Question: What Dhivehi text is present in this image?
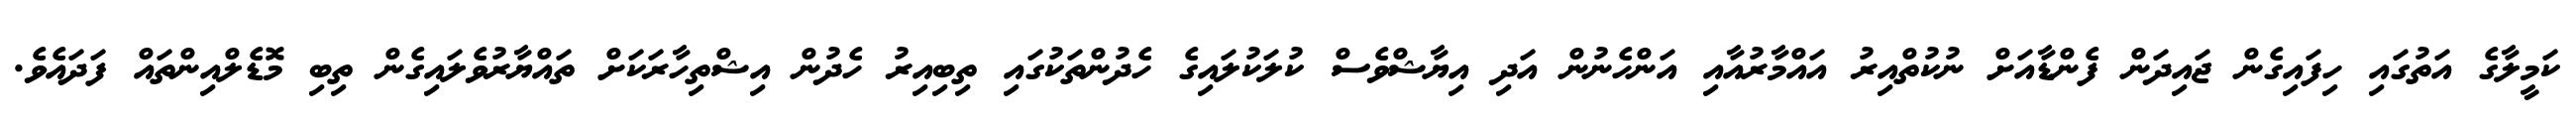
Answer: ކަމީލާގެ އަތުގައި ހިފައިގެން ޖައިދަން ފެންޑާއަށް ނުކުތްއިރު އައްމާރުއާއި އަންހެނުން އަދި އިޔާޝްވެސް ކުލަކުލައިގެ ހެދުންތަކުގައި ތިބިއިރު ހެދުން އިޝްތިހާރަކަށް ތައްޔާރުވެލައިގެން ތިބި މޮޑެލްއިންތައް ފަދައެވެ.